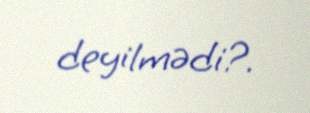
deyilmədi?.